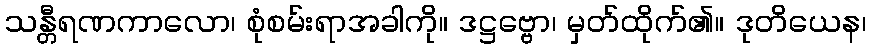
သန္တီရဏကာလော၊ စုံစမ်းရာအခါကို။ ဒဋ္ဌဗ္ဗော၊ မှတ်ထိုက်၏။ ဒုတိယေန၊